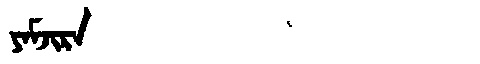
Manchu: ᠶᠠᠮᠵᡳᡵᠠ
Romanization: YAMJIRA